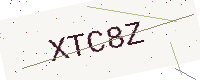
Text: XTC8Z